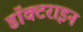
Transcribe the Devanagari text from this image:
डॉक्टराइन